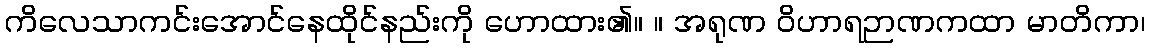
ကိလေသာကင်းအောင်နေထိုင်နည်းကို ဟောထား၏။ ။ အရုဏ ဝိဟာရဉာဏကထာ မာတိကာ၊